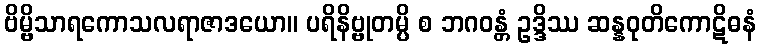
ဗိမ္ဗိသာရကောသလရာဇာဒယော။ ပရိနိဗ္ဗုတမ္ပိ စ ဘဂဝန္တံ ဥဒ္ဒိဿ ဆန္နဝုတိကောဋိဓနံ